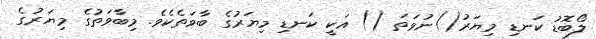
ލޯބޮޑު ކަނޑި މިޔަރު()ނުވަތަ () އަކީ ކަނޑި މިޔަރުގެ ބާވަތެކެވެ. މިބާވަތުގެ މިޔަރުގެ